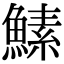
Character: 𬵡